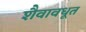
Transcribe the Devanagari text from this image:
शैवावधूत